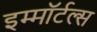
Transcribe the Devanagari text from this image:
इम्माॅर्टल्स